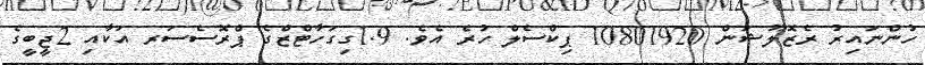
ހުންނައިރު ރެޒޮލޫޝަން 10801920 ޕިކްސެލް ހުރެ އެވެ. 1.9ގިގަހާޓްޒްގެ ޕްރޮސެސަރ އަކާއި 2ޖީބީގެ